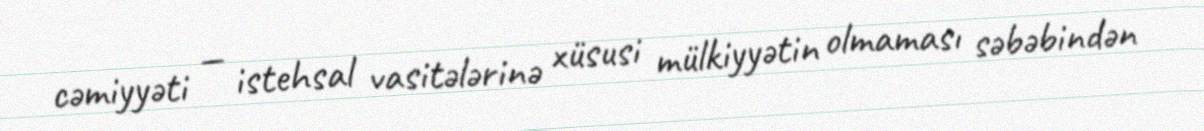
cəmiyyəti — istehsal vasitələrinə xüsusi mülkiyyətin olmaması səbəbindən